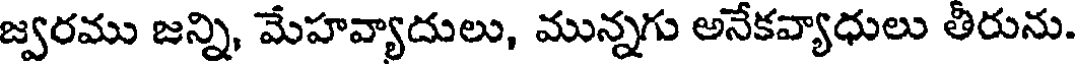
జ్వరము జన్ని, మేహవ్యాదులు, మున్నగు అనేకవ్యాధులు తీరును.